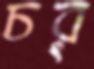
চর্